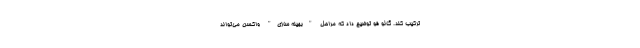
ترکیب کند. گائو فو توضیح داد که مراحل "بهینه سازی" واکسن می‌تواند